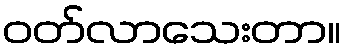
ဝတ်လာသေးတာ။